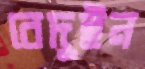
বেদুইন